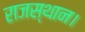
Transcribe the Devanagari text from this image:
राजस्थान।